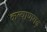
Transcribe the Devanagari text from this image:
कल्याणगढ़